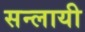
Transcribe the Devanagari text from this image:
सन्लायी